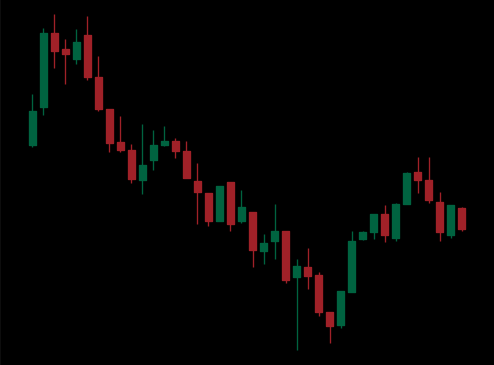
Pattern: bull_flag